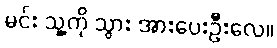
မင်း သူ့ကို သွား အားပေးဦးလေ။